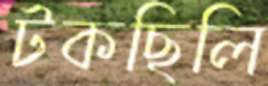
টকছিলি